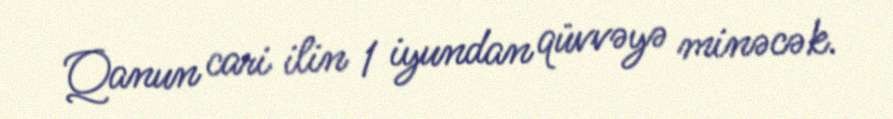
Qanun cari ilin 1 iyundan qüvvəyə minəcək.